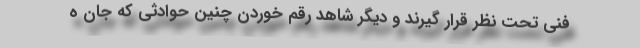
فنی تحت نظر قرار گیرند و دیگر شاهد رقم خوردن چنین حوادثی که جان ه